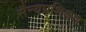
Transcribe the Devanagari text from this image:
सैन्यप्रशिक्षण